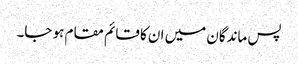
پس ماندگان میں ان کا قائم مقام ہو جا۔